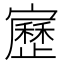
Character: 𡫯